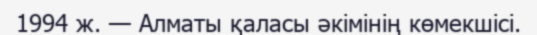
1994 ж. — Алматы қаласы әкімінің көмекшісі.